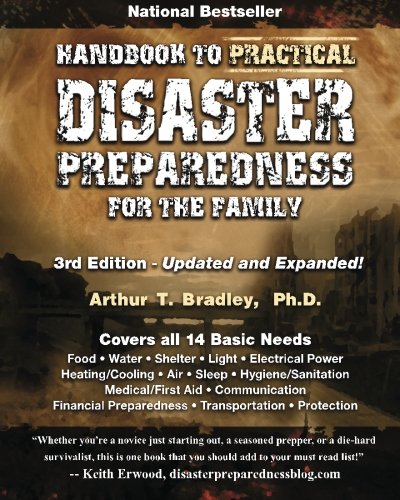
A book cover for Handbook to Practical Disaster Preparedness for the Family, 3rd Edition; Dr. Arthur T Bradley; Politics & Social Sciences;